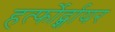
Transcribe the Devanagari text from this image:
हर्त्फोर्द्शायर